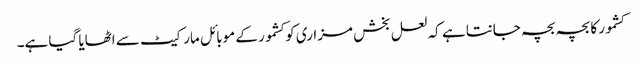
کشمور کا بچہ بچہ جانتا ہے کہ لعل بخش مزاری کو کشمور کے موبائل مارکیٹ سے اٹھایا گیا ہے۔